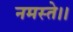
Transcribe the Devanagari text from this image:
नमस्ते।।